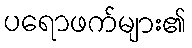
ပရောဖက်များ၏